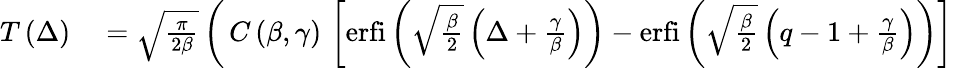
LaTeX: \begin{array}{rl}{T\left(\Delta\right)}&{{}=\sqrt{\frac{\pi}{2\beta}}\left(\thinspace C\left(\beta,\gamma\right)\thinspace\left[\mathrm{erfi}\left(\sqrt{\frac{\beta}{2}}\left(\Delta+\frac{\gamma}{\beta}\right)\right)-\mathrm{erfi}\left(\sqrt{\frac{\beta}{2}}\left(q-1+\frac{\gamma}{\beta}\right)\right)\right]\right.}\end{array}